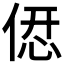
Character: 𠌤